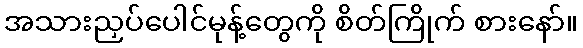
အသားညှပ်ပေါင်မုန့်တွေကို စိတ်ကြိုက် စားနော်။